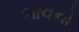
ભાવનો